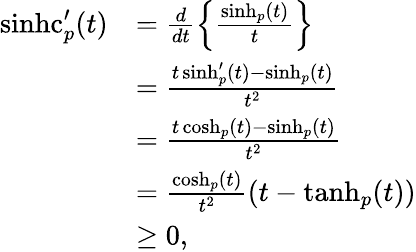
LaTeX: \begin{array}{rl}{\operatorname{sinhc}_{p}^{\prime}(t)}&{=\frac{d}{dt}\left\{ \frac{\sinh_{p}(t)}{t}\right\} }\\ &{=\frac{t\sinh_{p}^{\prime}(t)-\sinh_{p}(t)}{t^{2}}}\\ &{=\frac{t\cosh_{p}(t)-\sinh_{p}(t)}{t^{2}}}\\ &{=\frac{\cosh_{p}(t)}{t^{2}}\left(t-\operatorname{tanh}_{p}(t)\right)}\\ &{\geq 0,}\end{array}